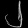
Digit: ၂